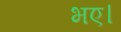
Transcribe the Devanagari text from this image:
भए।